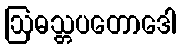
ဩဓသ္တပတောဒေါ